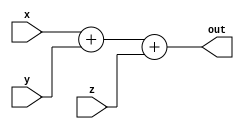
`timescale 1ns / 1ps
//////////////////////////////////////////////////////////////////////////////////
// Company: 
// Engineer: 
// 
// Design Name: 
// Module Name: fadd
// Project Name: 
// Target Devices: 
// Tool Versions: 
// Description: 
// 
// Dependencies: 
// 
// Revision:
// Revision 0.01 - File Created
// Additional Comments:
// 
//////////////////////////////////////////////////////////////////////////////////


module fadd(x,y,z,out);
    input x,y,z;
    output [1:0]out;
    assign out = x + y + z;
endmodule